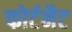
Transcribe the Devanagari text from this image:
फोर्टनैट